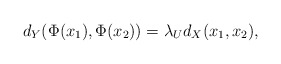
\begin{align*} d_Y(\Phi(x_1),\Phi(x_2)) = \lambda_U d_X(x_1,x_2),\end{align*}